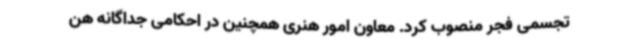
تجسمی فجر منصوب کرد. معاون امور هنری‌ همچنین در احکامی جداگانه هن